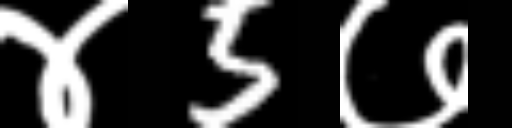
Text: ४5७